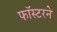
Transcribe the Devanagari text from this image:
फॉस्टरने